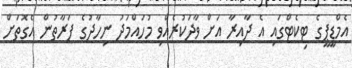
އެމްޑީޕީގެ ޓިކެޓްގައި އެ ދާއިރާ އަށް ވާދަކުރެއްވި މުހައްމަދު ނިހާދުގެ ފަރާތުން އެގޮތަށް